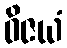
ဝိဇယံ